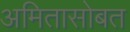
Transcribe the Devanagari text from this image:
अमितासोबत